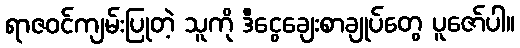
ရာဇဝင်ကျမ်းပြုတဲ့ သူကို ဒီငွေချေးစာချုပ်တွေ ပူဇော်ပါ။